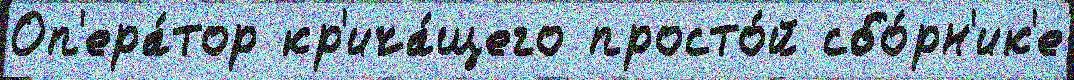
Оп'ера́тор кр'ича́щего просто́й сбо́рн'ик'е